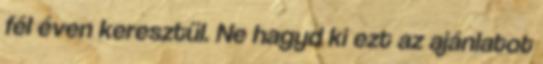
fél éven keresztül. Ne hagyd ki ezt az ajánlatot